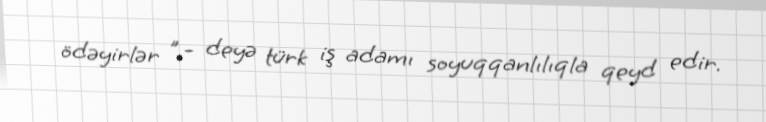
ödəyirlər ”,- deyə türk iş adamı soyuqqanlılıqla qeyd edir.